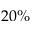
2 0 \%